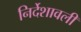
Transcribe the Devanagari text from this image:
निर्देशावली